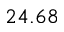
2 4 . 6 8